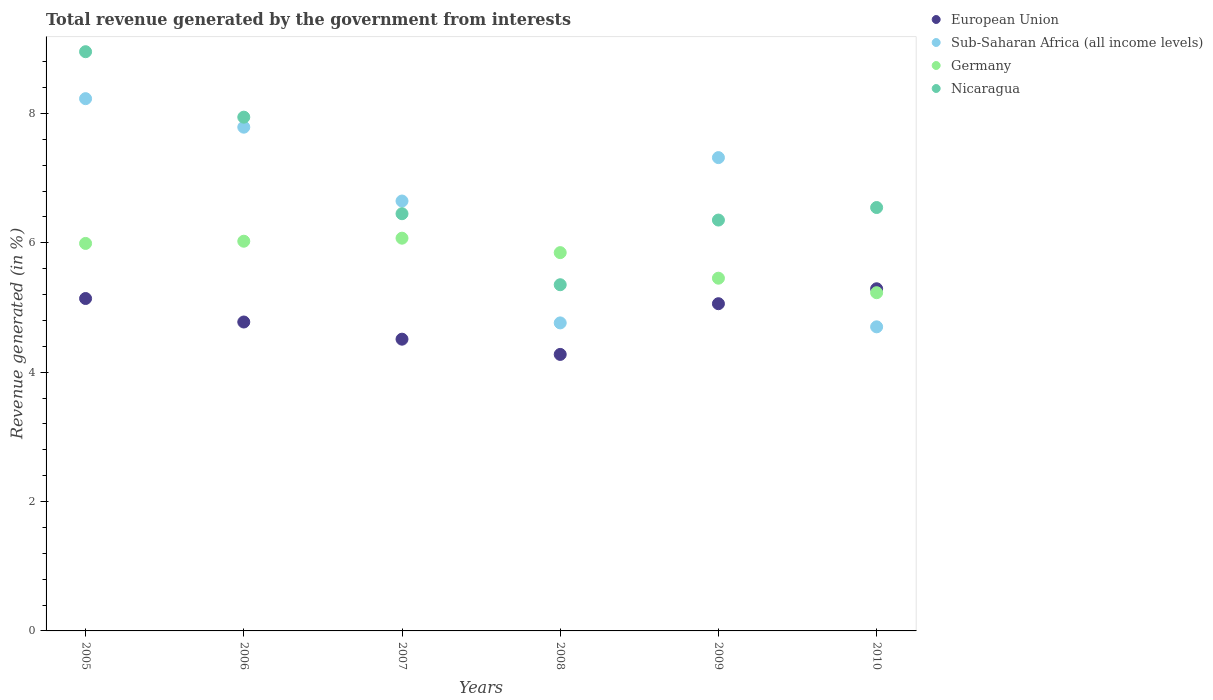
| Years | European Union | Sub-Saharan Africa (all income levels) | Germany | Nicaragua |
 | --- | --- | --- | --- | --- |
 | 2005 | 5.14 | 8.23 | 5.99 | 8.96 |
 | 2006 | 4.78 | 7.79 | 6.03 | 7.94 |
 | 2007 | 4.51 | 6.65 | 6.07 | 6.45 |
 | 2008 | 4.28 | 4.76 | 5.85 | 5.35 |
 | 2009 | 5.06 | 7.32 | 5.45 | 6.35 |
 | 2010 | 5.29 | 4.7 | 5.23 | 6.55 |